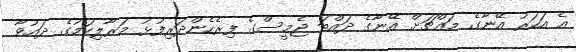
އެ އަހަރު އޭނާގެ މައްޗަށް އޭނާގެ ދައްތަ ޖެމީސްގެ ފިރެހެންދަރިފުޅު މަރާލިކަމުގެ ދައުވާ